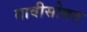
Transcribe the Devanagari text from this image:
तावीसोबत